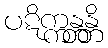
ပဋိက္ကန္တန္တိ